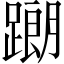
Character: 𨅉